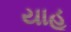
યાહૂ